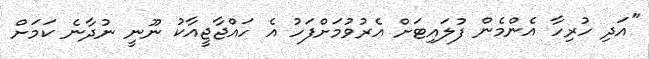
"އަދި ހުރިހާ އެންމެން ފުލައިޓަށް އެރުވުމަށްފަހު އެ ހައްޖާޖީއާކު ނޫނީ ނުދާނެ ކަމަށް